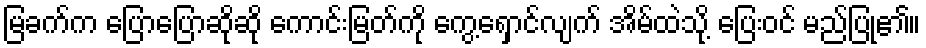
မြခက်က ပြောပြောဆိုဆို ကောင်းမြတ်ကို ကွေ့ရှောင်လျက် အိမ်ထဲသို့ ပြေးဝင် မည်ပြု၏။